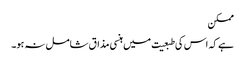
ممکن
ہے کہ اس کی طبعیت میں ہنسی مذاق شامل نہ ہو۔